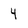
Character: 4